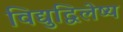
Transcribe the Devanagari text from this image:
विद्युद्विलेष्य